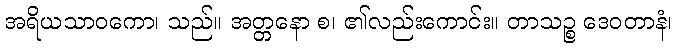
အရိယသာဝကော၊ သည်။ အတ္တနော စ၊ ၏လည်းကောင်း။ တာသဉ္စ ဒေဝတာနံ၊